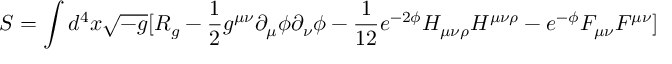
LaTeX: S = \int d ^ { 4 } x { \sqrt { - g } } [ R _ { g } - { \frac { 1 } { 2 } } g ^ { \mu \nu } \partial _ { \mu } \phi \partial _ { \nu } \phi - { \frac { 1 } { 1 2 } } e ^ { - 2 \phi } H _ { \mu \nu \rho } H ^ { \mu \nu \rho } - { e ^ { - \phi } } F _ { \mu \nu } F ^ { \mu \nu } ]